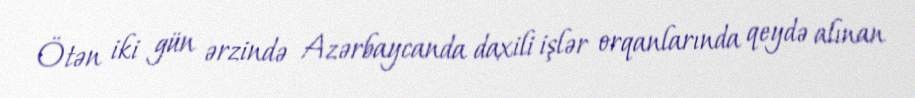
Ötən iki gün ərzində Azərbaycanda daxili işlər orqanlarında qeydə alınan